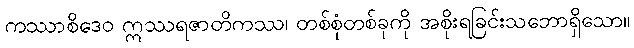
ကဿာစိဒေဝ ဣဿရဇာတိကဿ၊ တစ်စုံတစ်ခုကို အစိုးရခြင်းသဘောရှိသော။